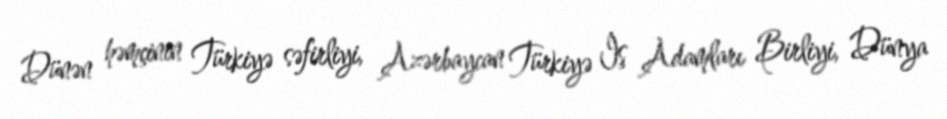
Dünən həmçinin Türkiyə səfirliyi, Azərbaycan Türkiyə İş Adamları Birliyi, Dünya